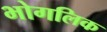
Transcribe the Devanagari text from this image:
भोगलिक